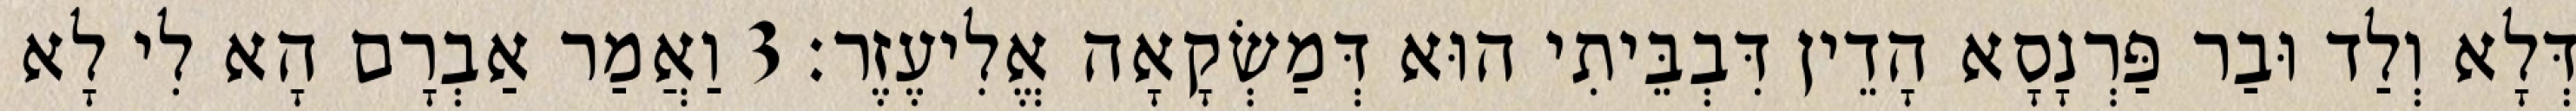
דְּלָא וְלַד וּבַר פַּרְנָסָא הָדֵין דִּבְבֵּיתִי הוּא דְּמַשְׂקָאָה אֱלִיעֶזֶר׃ 3 וַאֲמַר אַבְרָם הָא לִי לָא